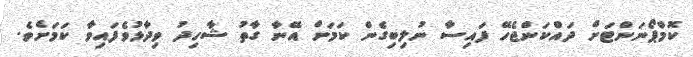
ކޮމްޕޯނަންޓަށް ދައްކަންޖެހޭ ފައިސާ ނުލިބިގެން ކަމަށް އޭނާ ގާތު ޝާހިދު ވިދާޅުވެފައިވާ ކަމަށެވެ.